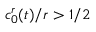
c _ { 0 } ^ { r } ( t ) / r > 1 / 2